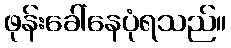
ဖုန်းခေါ်နေပုံရသည်။